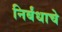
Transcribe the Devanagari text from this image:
निर्बंधाचे